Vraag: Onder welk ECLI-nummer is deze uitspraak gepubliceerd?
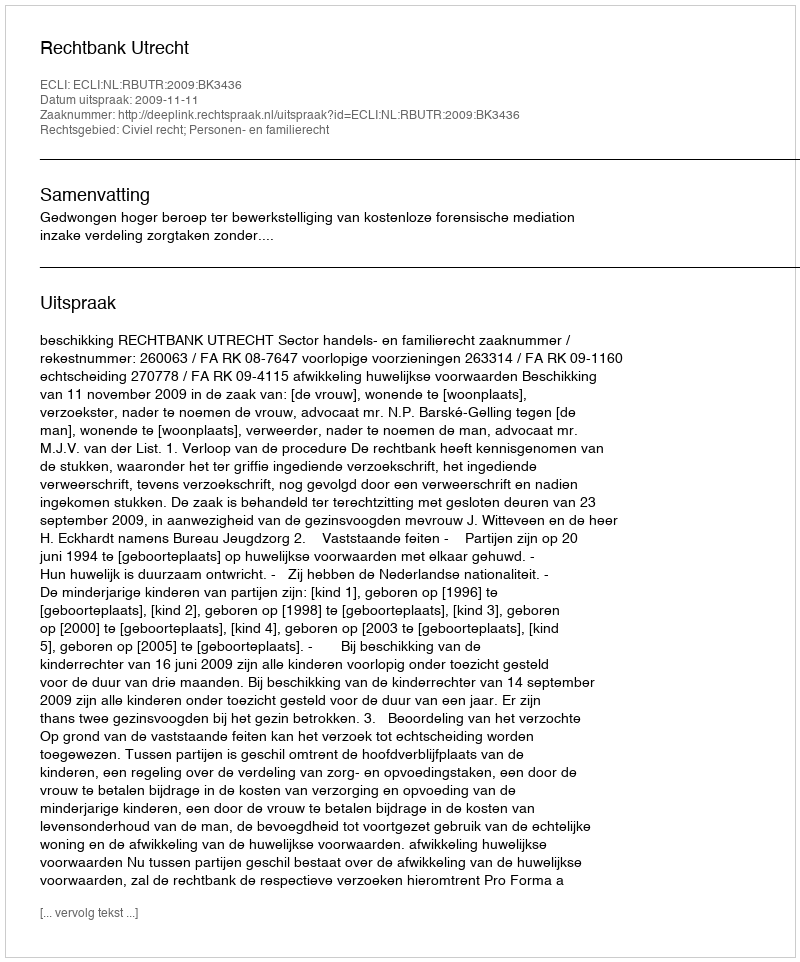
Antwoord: ECLI:NL:RBUTR:2009:BK3436